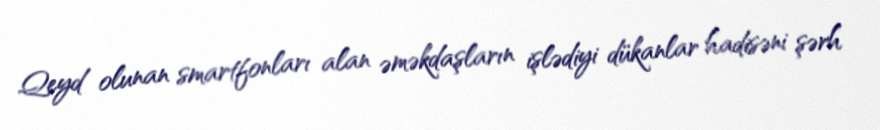
Qeyd olunan smartfonları alan əməkdaşların işlədiyi dükanlar hadisəni şərh